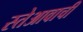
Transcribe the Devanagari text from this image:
स्तेआवाची